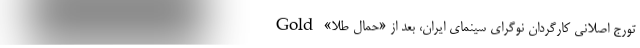
تورج اصلانی كارگردان نوگرای سینمای ایران، بعد از «حمال طلا» Gold